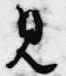
見